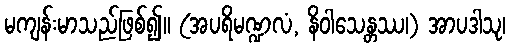
မကျန်းမာသည်ဖြစ်၍။ (အပရိမဏ္ဍလံ, နိဝါသေန္တဿ၊) အာပဒါသု၊